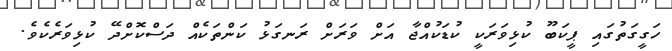
ހަގީގަތުގައި ޕީކަބޫ ކުޅިވަރަކީ ކުޑަކުއްޖާ އަށް ވަރަށް ރަނގަޅު ކަންތަކެއް ދަސްކޮށްދޭ ކުޅިވަރެކެވެ.